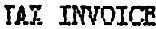
TAX INVOICE